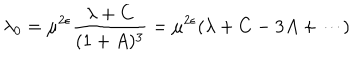
\lambda _ { 0 } = \mu ^ { 2 \epsilon } \frac { \lambda + C } { ( 1 + A ) ^ { 3 } } = \mu ^ { 2 \epsilon } ( \lambda + C - 3 A + \cdots )